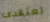
تعتقدى